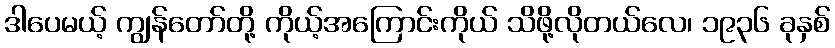
ဒါပေမယ့် ကျွန်တော်တို့ ကိုယ့်အကြောင်းကိုယ် သိဖို့လိုတယ်လေ၊ ၁၉၃၆ ခုနှစ်